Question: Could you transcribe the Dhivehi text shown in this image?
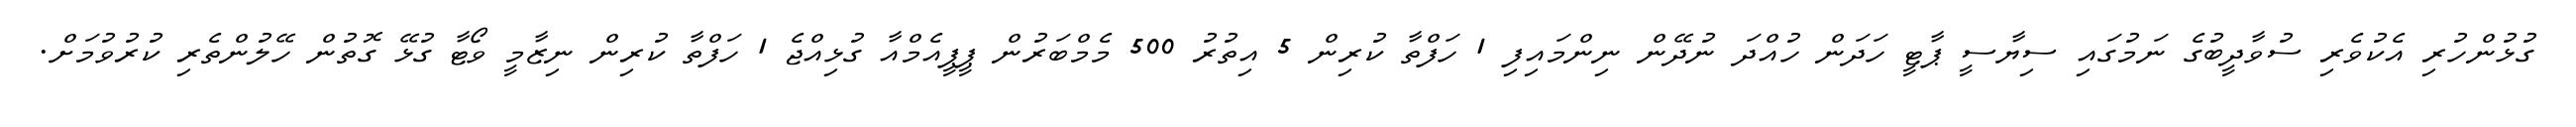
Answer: ގުޅުންހުރި އެކުވެރި ސުވާދީބުގެ ނަމުގައި ސިޔާސީ ޕާޓީ ހަދަން ހުއްދަ ނުދޭން ނިންމައިފި 1 ހަފްތާ ކުރިން 5 އިތުރު 500 މެމްބަރުން ޕީޕީއެމްއާ ގުޅިއްޖެ 1 ހަފްތާ ކުރިން ނިޒާމީ ވޯޓާ ގުޅޭ ގޮތުން ހޭލުންތެރި ކުރުވުމަށް.